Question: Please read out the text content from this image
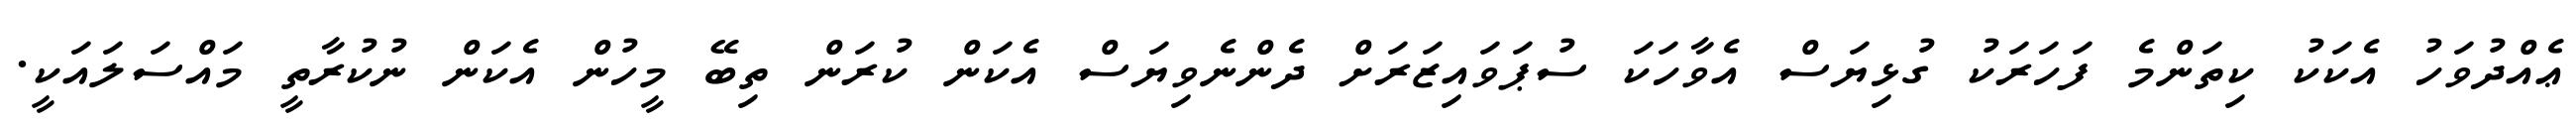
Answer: ޢެއްދުވަހު އެކަކު ކިތަންމެ ފަހަރަކު ގުޅިޔަސް އެވާހަކަ ސުޕަވައިޒަރަށް ދެންނެވިޔަސް އެކަން ކުރަން ތިބޭ މީހުން އެކަން ނުކުރާތީ މައްސަލައަކީ.